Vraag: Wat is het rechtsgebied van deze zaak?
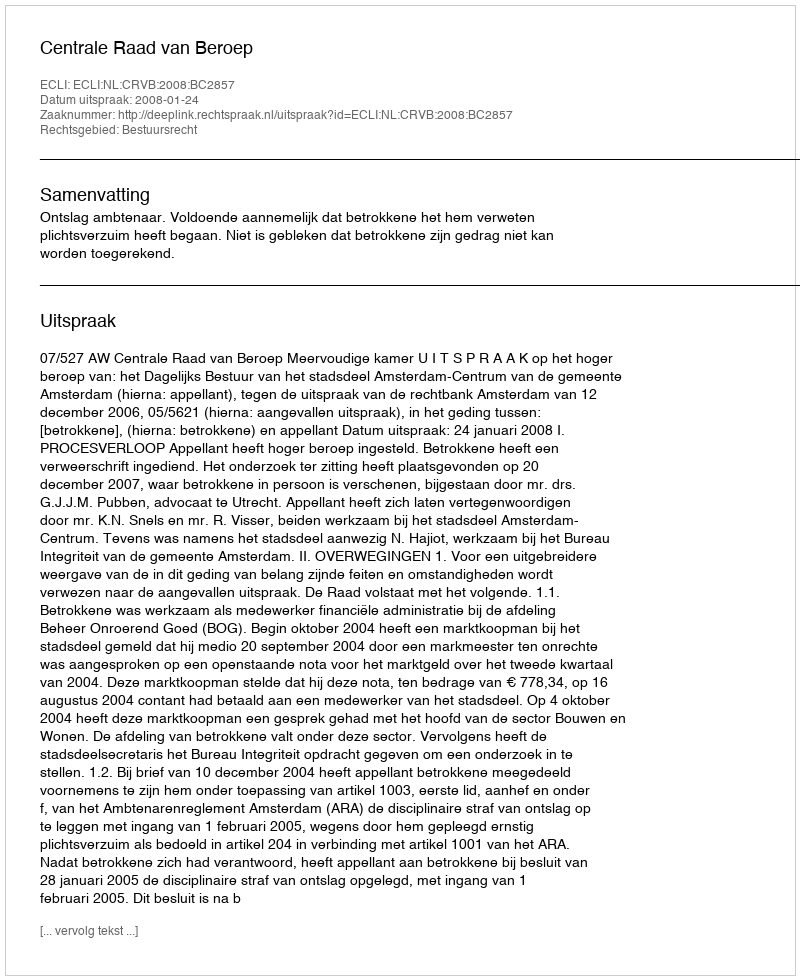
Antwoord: Bestuursrecht